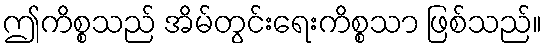
ဤကိစ္စသည် အိမ်တွင်းရေးကိစ္စသာ ဖြစ်သည်။